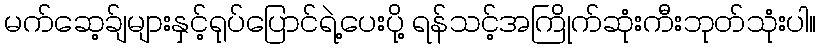
မက်ဆေ့ခ်ျများနှင့်ရုပ်ပြောင်ရဲ့ပေးပို့ ရန်သင့်အကြိုက်ဆုံးကီးဘုတ်သုံးပါ။